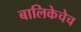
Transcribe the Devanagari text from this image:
बालिकेचेच